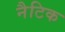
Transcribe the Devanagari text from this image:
नैटिक